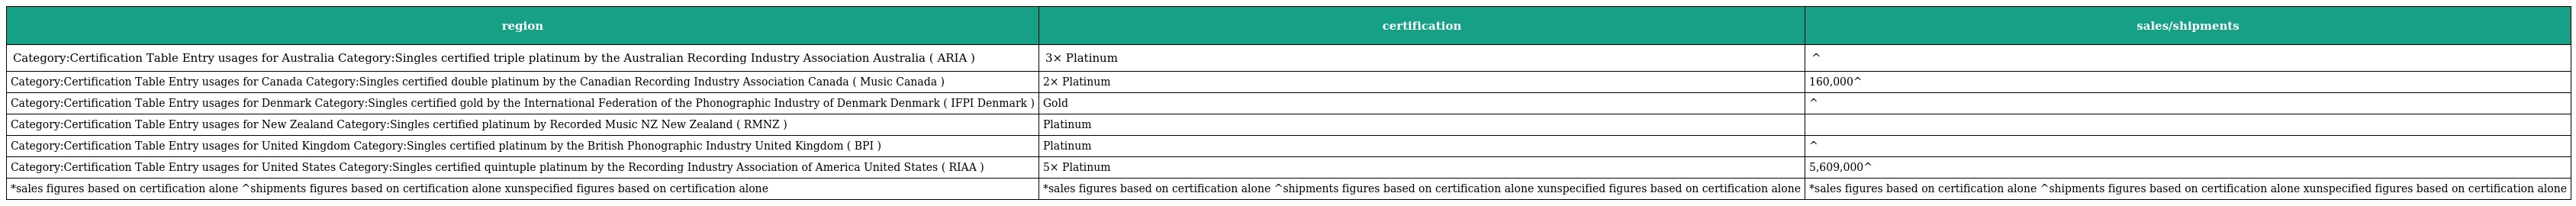
| region | certification | sales/shipments |
 | --- | --- | --- |
 | Category:Certification Table Entry usages for Australia Category:Singles certified triple platinum by the Australian Recording Industry Association Australia ( ARIA ) | 3× Platinum | ^ |
 | Category:Certification Table Entry usages for Canada Category:Singles certified double platinum by the Canadian Recording Industry Association Canada ( Music Canada ) | 2× Platinum | 160,000^ |
 | Category:Certification Table Entry usages for Denmark Category:Singles certified gold by the International Federation of the Phonographic Industry of Denmark Denmark ( IFPI Denmark ) | Gold | ^ |
 | Category:Certification Table Entry usages for New Zealand Category:Singles certified platinum by Recorded Music NZ New Zealand ( RMNZ ) | Platinum |  |
 | Category:Certification Table Entry usages for United Kingdom Category:Singles certified platinum by the British Phonographic Industry United Kingdom ( BPI ) | Platinum | ^ |
 | Category:Certification Table Entry usages for United States Category:Singles certified quintuple platinum by the Recording Industry Association of America United States ( RIAA ) | 5× Platinum | 5,609,000^ |
 | *sales figures based on certification alone ^shipments figures based on certification alone xunspecified figures based on certification alone | *sales figures based on certification alone ^shipments figures based on certification alone xunspecified figures based on certification alone | *sales figures based on certification alone ^shipments figures based on certification alone xunspecified figures based on certification alone |